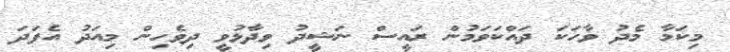
މިކަމާ މެދު ވާހަކަ ދައްކަވަމުން ރައީސް ނަޝީދު ވިދާޅުވީ ދިވެހިން މިއަދު އެފަދަ